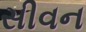
સીવન